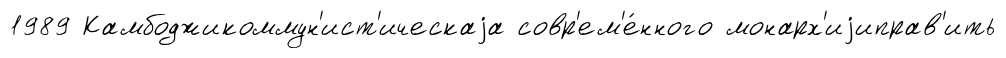
1989 Камбоджикоммун'ист'ическаjа совр'ем'е́нного монарх'иjиправ'ить